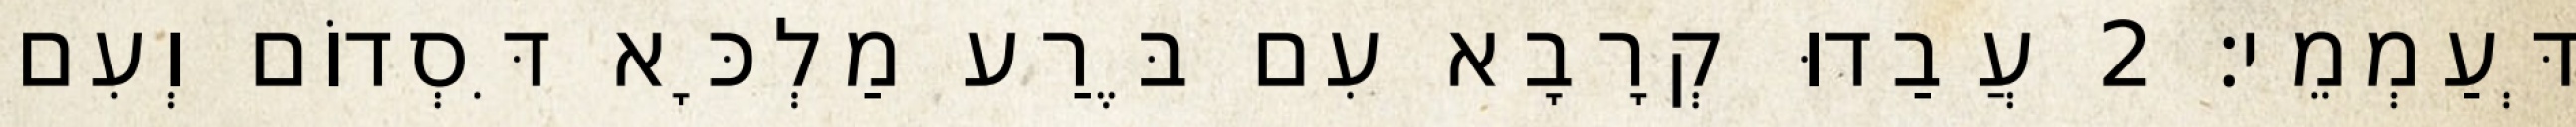
דְּעַמְמֵי׃ 2 עֲבַדוּ קְרָבָא עִם בֶּרַע מַלְכָּא דִּסְדוֹם וְעִם